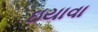
ઇયાવા